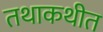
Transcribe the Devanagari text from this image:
तथाकथीत